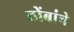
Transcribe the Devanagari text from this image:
ठोंबांचे